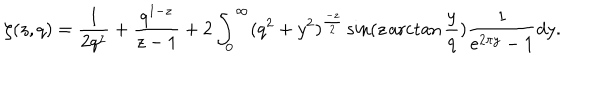
LaTeX: \zeta ( z , q ) = \frac { 1 } { 2 q ^ { z } } + \frac { q ^ { 1 - z } } { z - 1 } + 2 \int _ { 0 } ^ { \infty } ( q ^ { 2 } + y ^ { 2 } ) ^ { \frac { - z } { 2 } } \sin ( z \operatorname { a r c t a n } \frac { y } { q } ) \frac { 1 } { e ^ { 2 \pi y } - 1 } d y .